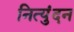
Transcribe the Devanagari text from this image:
नित्युंदन